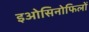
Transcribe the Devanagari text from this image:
इओसिनोफिलों